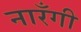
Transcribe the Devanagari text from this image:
नारँगी